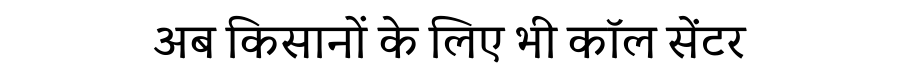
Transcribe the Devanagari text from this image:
अब किसानों के लिए भी कॉल सेंटर